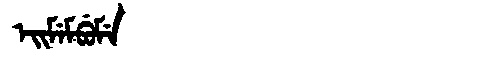
Manchu: ᡝᡳᠮᡝᠮᠪᡠᠮᡝ
Romanization: EIMEMBUME